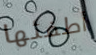
أطفئها